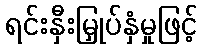
ရင်းနှီးမြှုပ်နှံမှုဖြင့်